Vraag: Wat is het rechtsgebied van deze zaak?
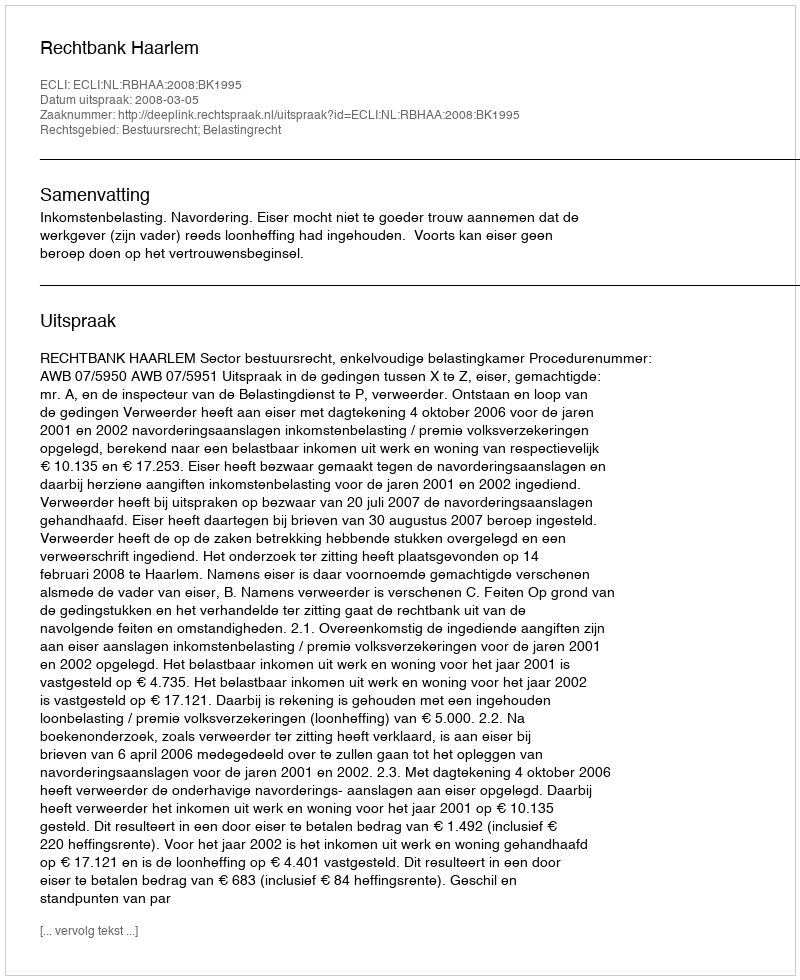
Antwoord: Bestuursrecht; Belastingrecht